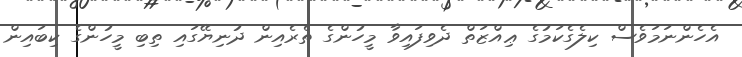
އެހެންނަމަވެސް ކިލެގެކަމުގެ ޢިއްޒަތް ދެވިފައިވާ މީހުންގެ ތެރެއިން ދުނިޔޭގައި ތިބި މީހުންގެ ކިބައިން